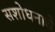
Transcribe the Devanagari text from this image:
सशोधनाचे